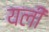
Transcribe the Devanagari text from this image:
यली